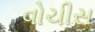
વોચીસ